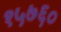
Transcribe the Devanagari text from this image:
१५७६०